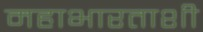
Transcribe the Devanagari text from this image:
महाभारताशी